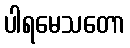
ပါရမေသတော